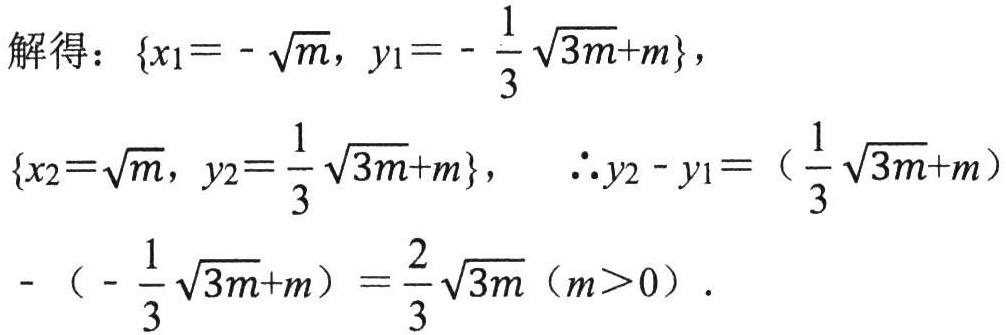
解得：\(\{x_{1}=-\sqrt{m},y_{1}=-\frac{1}{3}\sqrt{3m}+m\}\)，
\(\{x_{2}=\sqrt{m},y_{2}=\frac{1}{3}\sqrt{3m}+m\}\)， \(\therefore y_{2}-y_{1}=(\frac{1}{3}\sqrt{3m}+m)-(-\frac{1}{3}\sqrt{3m}+m)=\frac{2}{3}\sqrt{3m}\)（\(m > 0\)）.